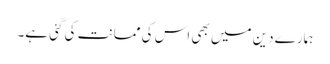
ہمارے دین میں بھی اس کی ممانت کی گئی ہے۔